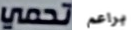
تحمي براعم